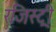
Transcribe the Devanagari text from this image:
रजिस्‍ट्री